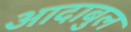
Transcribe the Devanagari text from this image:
आदाबुल